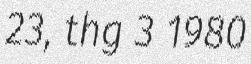
23, thg 3 1980